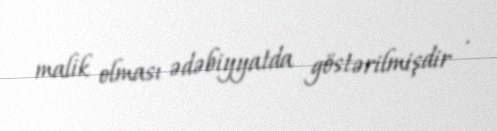
malik olması ədəbiyyatda göstərilmişdir .